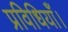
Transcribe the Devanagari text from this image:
प्रविधियाँ।